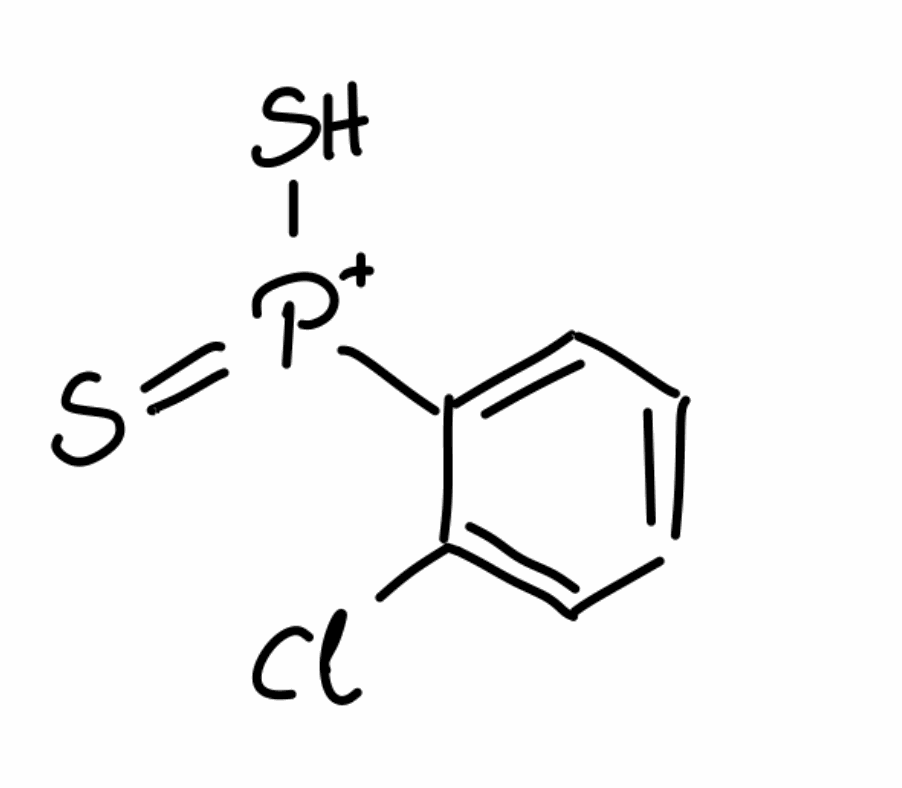
Simplified molecular-input line-entry system (SMILES) notation of the given molecule:
C1=CC=C(C(=C1)[P+](=S)S)Cl